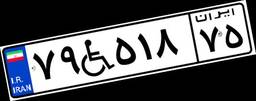
۷۹W۵۱۸۷۵